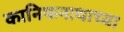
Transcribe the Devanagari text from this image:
कानिफनाथाच्या